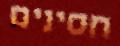
חסינים